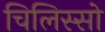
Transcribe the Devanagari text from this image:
चिलिस्सो